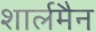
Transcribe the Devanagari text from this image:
शार्लमैन